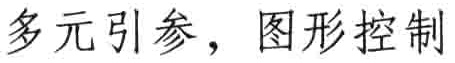
多元引参，图形控制